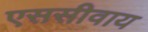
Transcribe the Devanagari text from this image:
एससीवाय